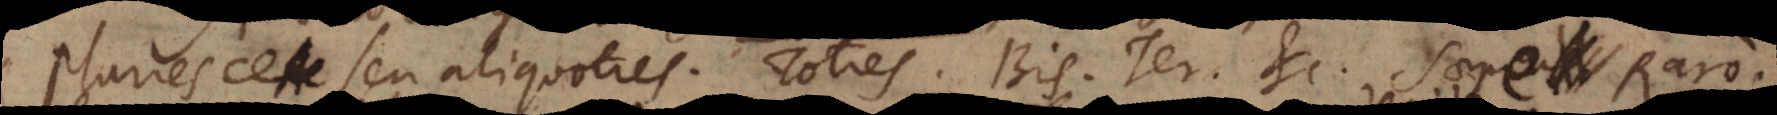
Pluries seu aliquoties. Toties. Bis. Ter. etc. Saepius Saepe. Raro.